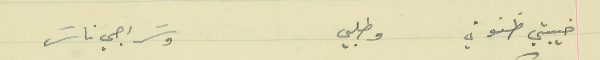
خيبتي ظنوني   وطلبي                                   وسَراجي ناسَ